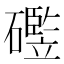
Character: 𪿻